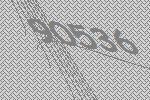
90536